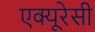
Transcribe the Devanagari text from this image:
एक्‍यूरेसी